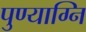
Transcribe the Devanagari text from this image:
पुण्याग्नि